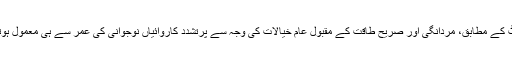
رپورٹ کے مطابق، مردانگی اور صریح طاقت کے مقبول عام خیالات کی وجہ سے پُرتشدد کاروائیاں نوجوانی کی عمر سے ہی معمول ہوتی ہیں۔